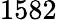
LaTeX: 1582